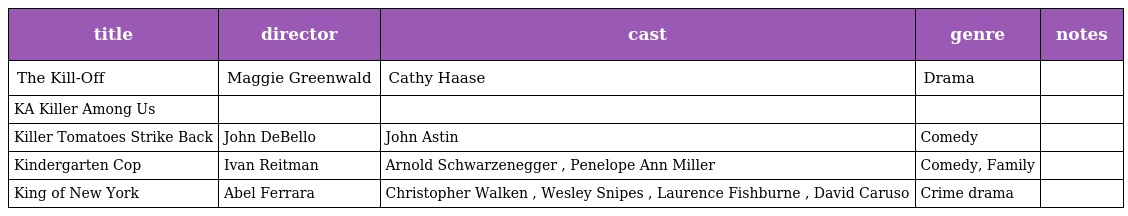
| title | director | cast | genre | notes |
 | --- | --- | --- | --- | --- |
 | The Kill-Off | Maggie Greenwald | Cathy Haase | Drama |  |
 | KA Killer Among Us |  |  |  |  |
 | Killer Tomatoes Strike Back | John DeBello | John Astin | Comedy |  |
 | Kindergarten Cop | Ivan Reitman | Arnold Schwarzenegger , Penelope Ann Miller | Comedy, Family |  |
 | King of New York | Abel Ferrara | Christopher Walken , Wesley Snipes , Laurence Fishburne , David Caruso | Crime drama |  |